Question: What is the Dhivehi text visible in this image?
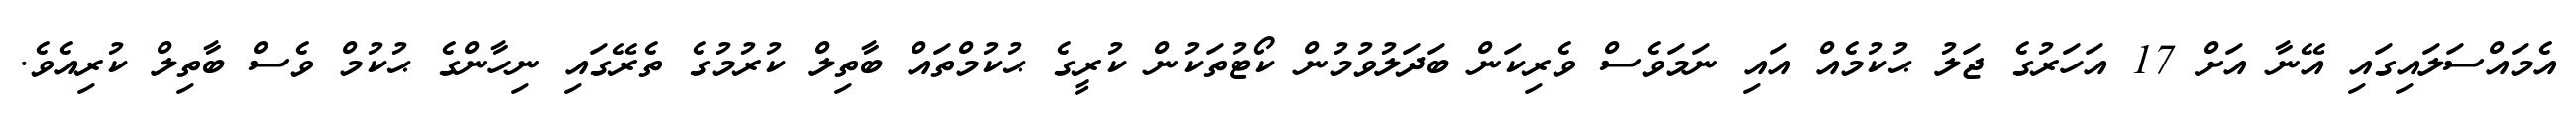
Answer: އެމައްސަލައިގައި އޭނާ އަށް 17 އަހަރުގެ ޖަލު ޙުކުމެއް އައި ނަމަވެސް ވެރިކަން ބަދަލުވުމުން ކޯޓުތަކުން ކުރީގެ ޙުކުމްތައް ބާތިލް ކުރުމުގެ ތެރޭގައި ނިހާންގެ ޙުކުމް ވެސް ބާތިލް ކުރިއެވެ.